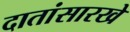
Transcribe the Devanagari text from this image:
दातांसारखे